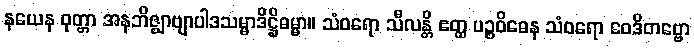
နယေန ဝုတ္တာ အနဘိဇ္ဈာဗျာပါဒသမ္မာဒိဋ္ဌိဓမ္မာ။ သံဝရော သီလန္တိ ဧတ္ထ ပဉ္စဝိဓေန သံဝရော ဝေဒိတဗ္ဗော